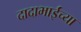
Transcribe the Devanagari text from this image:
दादाभाईंच्या